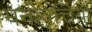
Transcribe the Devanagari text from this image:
मनोवृत्तियां